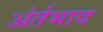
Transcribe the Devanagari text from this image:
अंर्तभाव